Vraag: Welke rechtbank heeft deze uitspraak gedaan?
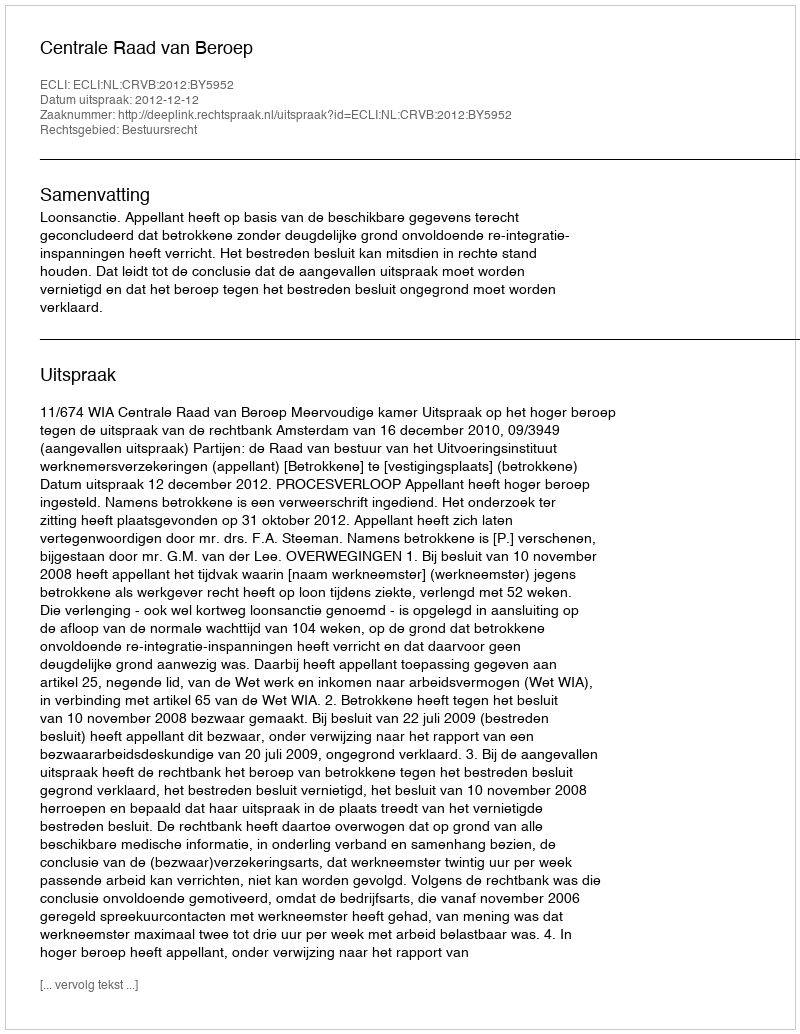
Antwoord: Centrale Raad van Beroep